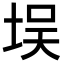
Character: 𪣘